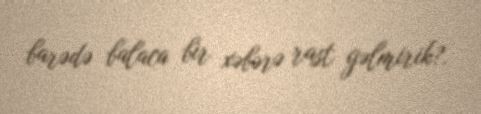
barədə balaca bir xəbərə rast gəlmirik?.